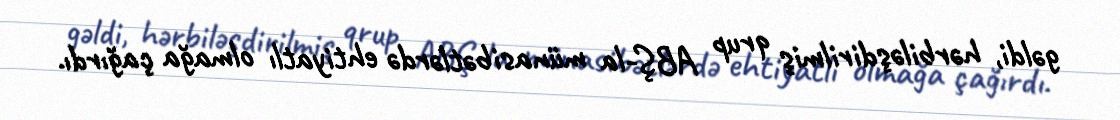
gəldi, hərbiləşdirilmiş qrup ABŞ-la münasibətlərdə ehtiyatlı olmağa çağırdı.